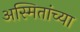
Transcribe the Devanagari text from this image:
अस्मितांच्या